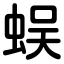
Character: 蜈